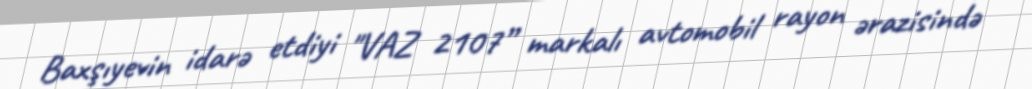
Baxşıyevin idarə etdiyi "VAZ 2107” markalı avtomobil rayon ərazisində